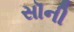
સૉની